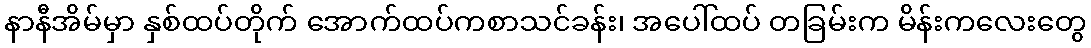
နာနီအိမ်မှာ နှစ်ထပ်တိုက် အောက်ထပ်ကစာသင်ခန်း၊ အပေါ်ထပ် တခြမ်းက မိန်းကလေးတွေ